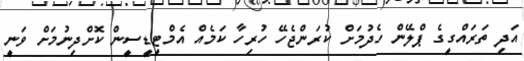
އަދި ތަރައްގީގެ ޕްލޭން ހެދުމަށް ކުރަންޖެހޭ ހުރިހާ ކަމެއް އެމްޓީޑީސީން ކޮށްދިނުމަށް ވަނީ